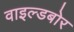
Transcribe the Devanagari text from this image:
वाइल्डबोर